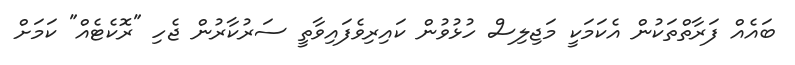
ބައެއް ފަރާތްތަކުން އެކަމަކީ މަޖިލިސް ހުޅުވުން ކައިރިވެފައިވާތީ ސަރުކާރުން ޖެހި "ރޮކެޓެއް" ކަމަށް